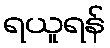
ရယူရန်